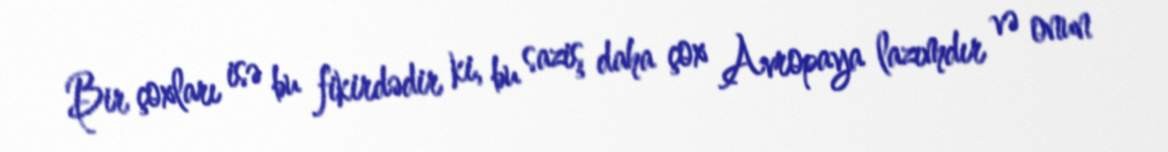
Bir çoxları isə bu fikirdədir ki, bu saziş daha çox Avropaya lazımdır və onun